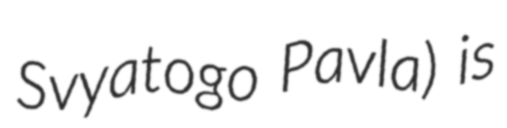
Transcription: Svyatogo Pavla) is